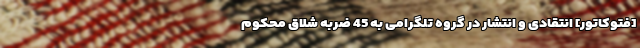
[فتوکاتور] انتقادی و انتشار در گروه تلگرامی به 45 ضربه شلاق محکوم